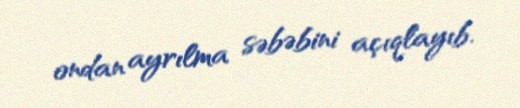
ondan ayrılma səbəbini açıqlayıb.